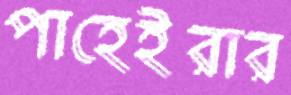
পাহেইরার